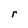
Character: r